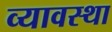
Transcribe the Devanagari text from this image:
व्यावस्था